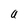
Character: a